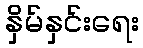
နှိမ်နှင်းရေး